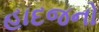
હાદજનો